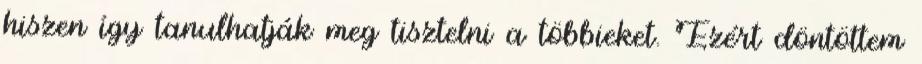
hiszen így tanulhatják meg tisztelni a többieket. Ezért döntöttem